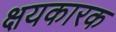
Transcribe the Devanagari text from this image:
क्षयकारक